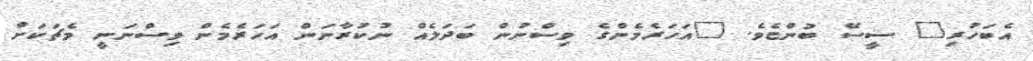
އެބަހުރި" ސީސޭ ބުންޏެވެ. "އަހަރެމެންގެ ވިސްނުން ބަދަލެއް ނުކުރާނަން އަހަރެމެން ވިސްނަނީ މެޗަކަށް